Lunatic asylums Central Provinces reports 1886-1894 - 1886-1894
Year: 1886
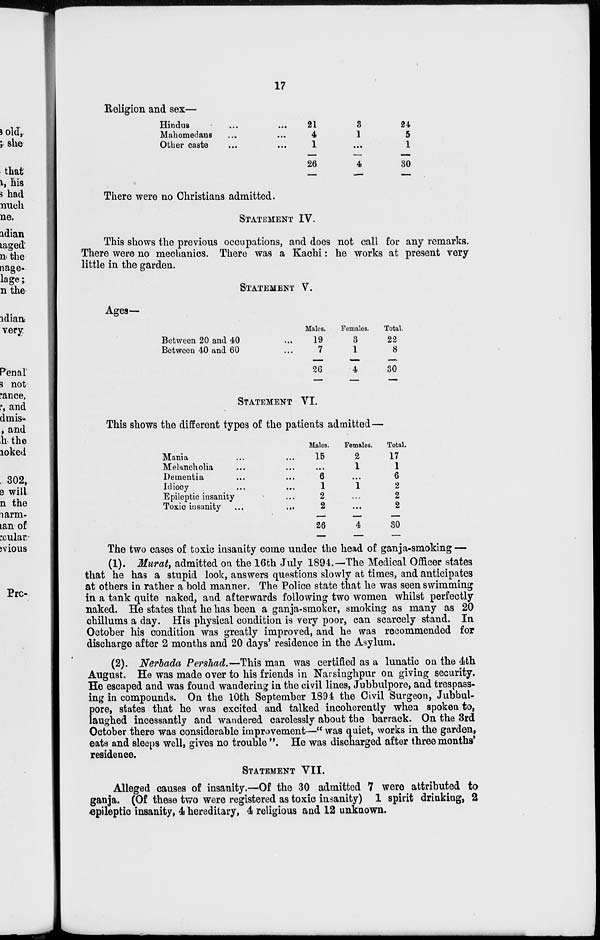
17
Religion and sex—
Hindus ... ...
Mahomedans ... ...
Other caste ... ...
21
4
1
26
3
1
...
4
24
5
1
30
There were no Christians admitted.
STATEMENT IV.
This shows the previous occupations, and does not call for any remarks.
There were no mechanics. There was a Kachi: he works at present very
little in the garden.
STATEMENT V.
Ages—
Between 20 and 40 ...
Between 40 and 60 ...
Males.
19
7
26
Females.
3
1
4
Total.
22
8
30
STATEMENT VI.
This shows the different types of the patients admitted —
Mania ... ...
Melancholia ... ...
Dementia ... ...
Idiocy ...
Epileptic insanity ...
Toxic insanity
...
...
Males.
15
...
6
1
2
2
26
Females.
2
1
...
1
...
...
4
Total.
17
1
6
2
2
2
30
The two cases of toxic insanity come under the head of ganja-smoking —
(1). Murat, admitted on the 16th July 1894.—The Medical Officer states
that he has a stupid look, answers questions slowly at times, and anticipates
at others in rather a bold manner. The Police state that he was seen swimming
in a tank quite naked, and afterwards following two women whilst perfectly
naked. He states that he has been a ganja-smoker, smoking as many as 20
chillums a day. His physical condition is very poor, can scarcely stand. In
October his condition was greatly improved, and he was recommended for
discharge after 2 months and 20 days' residence in the Asylum.
(2). Nerbada Pershad.—This man was certified as a lunatic on the 4th
August. He was made over to his friends in Narsinghpur on giving security.
He escaped and was found wandering in the civil lines, Jubbulpore, and trespass-
ing in compounds. On the 10th September 1894 the Civil Surgeon, Jubbul-
pore, states that he was excited and talked incoherently when spoken to,
laughed incessantly and wandered carelessly about the barrack. On the 3rd
October there was considerable improvement—" was quiet, works in the garden,
eats and sleeps well, gives no trouble ". He was discharged after three months'
residence.
STATEMENT VII.
Alleged causes of insanity.—Of the 30 admitted 7 were attributed to
ganja. (Of these two were registered as toxic insanity) 1 spirit drinking, 2
epileptic insanity, 4 hereditary, 4 religious and 12 unknown.